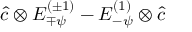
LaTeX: \hat { c } \otimes E _ { \mp \psi } ^ { ( \pm 1 ) } - E _ { - \psi } ^ { ( 1 ) } \otimes \hat { c }